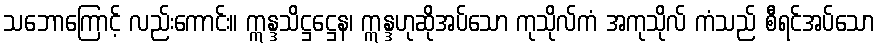
သဘောကြောင့် လည်းကောင်း။ ဣန္ဒသိဋ္ဌဋ္ဌေန၊ ဣန္ဒဟုဆိုအပ်သော ကုသိုလ်ကံ အကုသိုလ် ကံသည် စီရင်အပ်သော